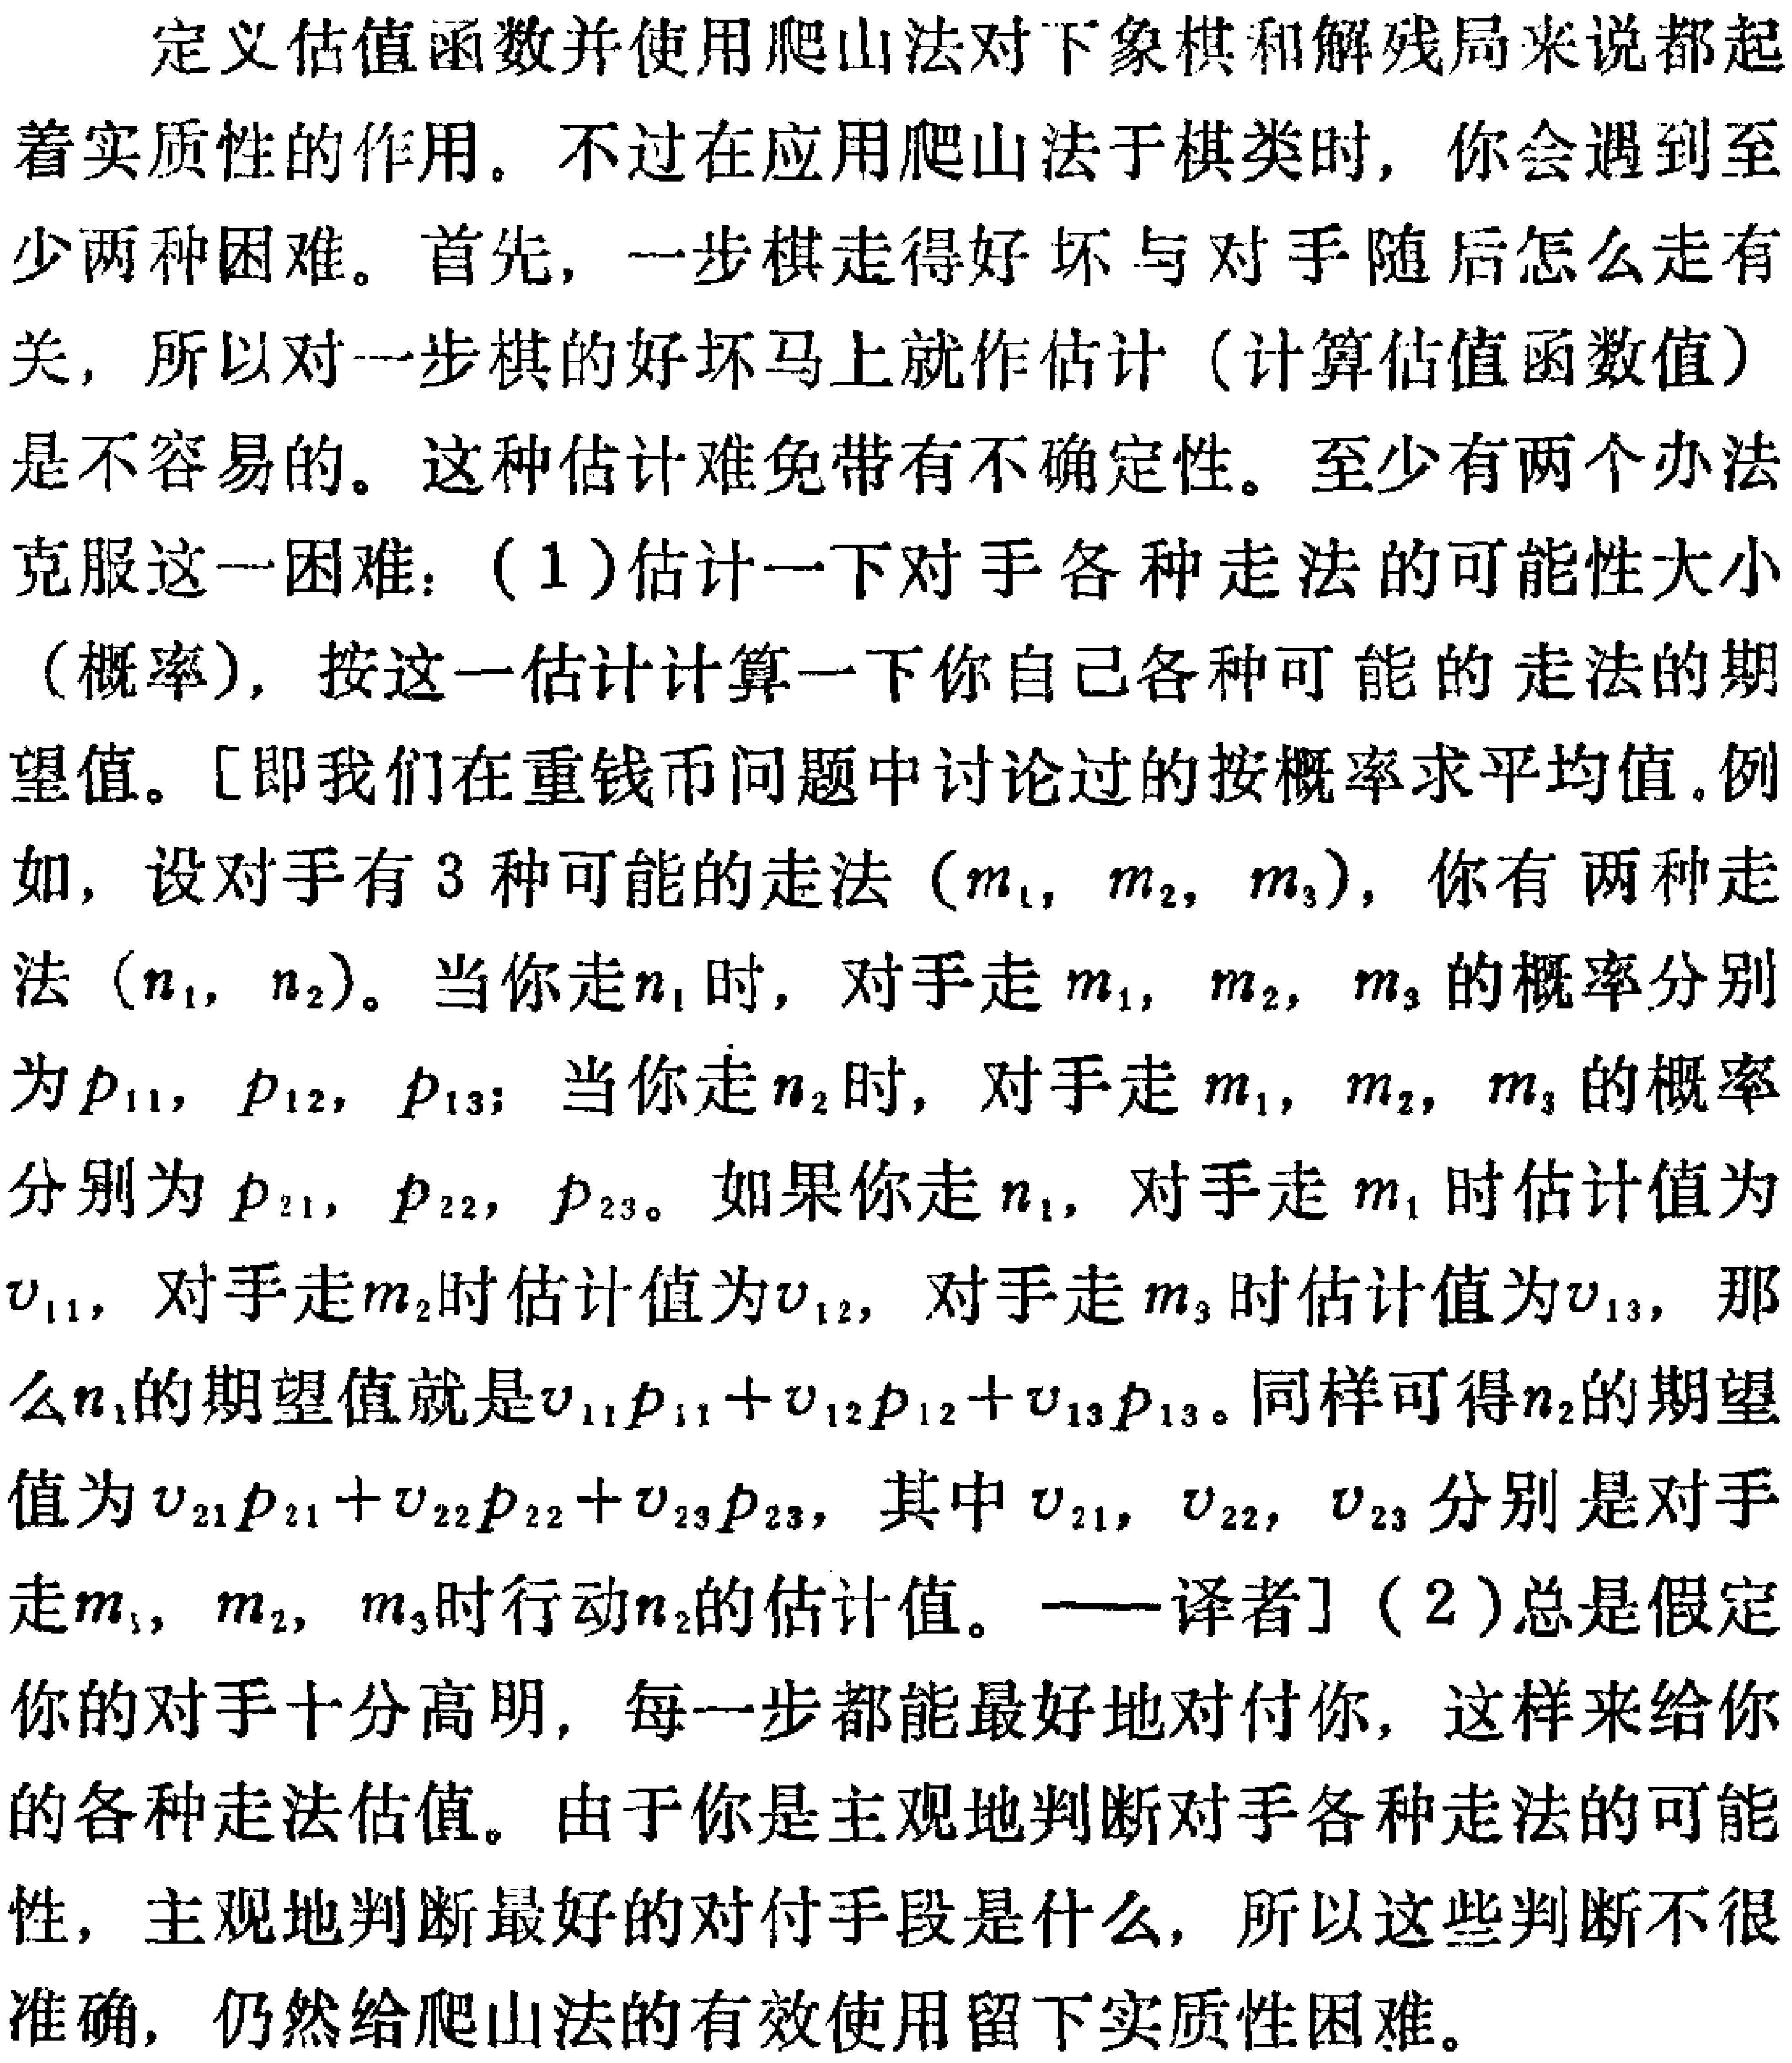
定义估值函数并使用爬山法对下象棋和解残局来说都起着实质性的作用。不过在应用爬山法于棋类时，你会遇到至少两种困难。首先，一步棋走得好坏与对手随后怎么走有关，所以对一步棋的好坏马上就作估计（计算估值函数值）是不容易的。这种估计难免带有不确定性。至少有两个办法克服这一困难：（1）估计一下对手各种走法的可能性大小（概率），按这一估计计算一下你自己各种可能的走法的期望值。[即我们在重钱币问题中讨论过的按概率求平均值.例如，设对手有3种可能的走法（\(m_{1}\)，\(m_{2}\)，\(m_{3}\)），你有两种走法（\(n_{1}\)，\(n_{2}\)）。当你走\(n_{1}\)时，对手走\(m_{1}\)，\(m_{2}\)，\(m_{3}\)的概率分别为\(p_{11}\)，\(p_{12}\)，\(p_{13}\)；当你走\(n_{2}\)时，对手走\(m_{1}\)，\(m_{2}\)，\(m_{3}\)的概率分别为\(p_{21}\)，\(p_{22}\)，\(p_{23}\)。如果你走\(n_{1}\)，对手走\(m_{1}\)时估计值为\(v_{11}\)，对手走\(m_{2}\)时估计值为\(v_{12}\)，对手走\(m_{3}\)时估计值为\(v_{13}\)，那么\(n_{1}\)的期望值就是\(v_{11}p_{11} + v_{12}p_{12} + v_{13}p_{13}\)。同样可得\(n_{2}\)的期望值为\(v_{21}p_{21} + v_{22}p_{22} + v_{23}p_{23}\)，其中\(v_{21}\)，\(v_{22}\)，\(v_{23}\)分别是对手走\(m_{1}\)，\(m_{2}\)，\(m_{3}\)时行动\(n_{2}\)的估计值。——译者]（2）总是假定你的对手十分高明，每一步都能最好地对付你，这样来给你的各种走法估值。由于你是主观地判断对手各种走法的可能性，主观地判断最好的对付手段是什么，所以这些判断不很准确，仍然给爬山法的有效使用留下实质性困难。